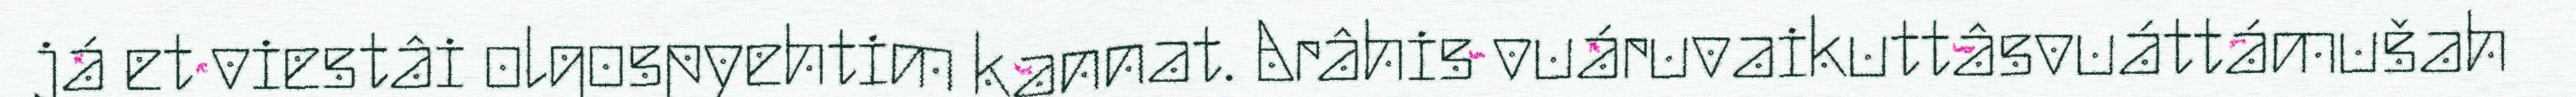
já et viestâi olgospyehtim kannat. Arâhis vuáruvaikuttâsvuáttámušah